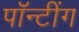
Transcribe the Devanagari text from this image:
पॉन्टींग